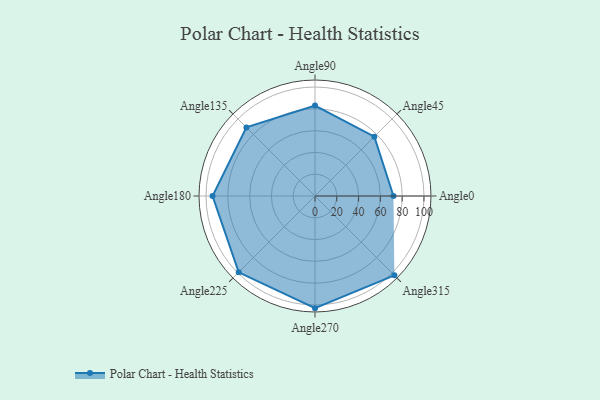
{"axis": {"x": "Angle", "y": "Radius"}, "legend": [""], "data": [{"x": "Angle0", "y": 72.0, "type": ""}, {"x": "Angle45", "y": 77.0, "type": ""}, {"x": "Angle90", "y": 83.0, "type": ""}, {"x": "Angle135", "y": 89.0, "type": ""}, {"x": "Angle180", "y": 94.0, "type": ""}, {"x": "Angle225", "y": 99.0, "type": ""}, {"x": "Angle270", "y": 103.0, "type": ""}, {"x": "Angle315", "y": 103.0, "type": ""}]}